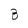
Character: B